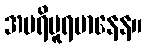
အပရိပူရမာနေန။